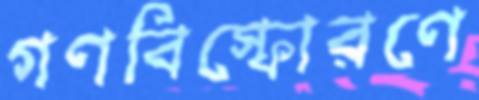
গণবিস্ফোরণে